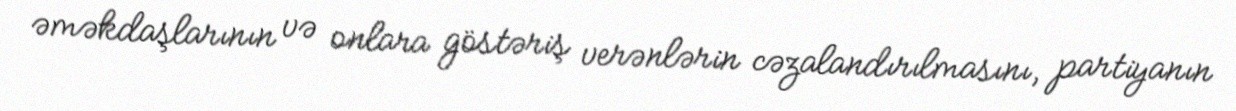
əməkdaşlarının və onlara göstəriş verənlərin cəzalandırılmasını, partiyanın